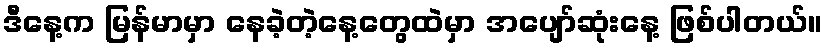
ဒီနေ့က မြန်မာမှာ နေခဲ့တဲ့နေ့တွေထဲမှာ အပျော်ဆုံးနေ့ ဖြစ်ပါတယ်။